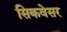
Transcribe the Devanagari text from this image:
सिकवेसर